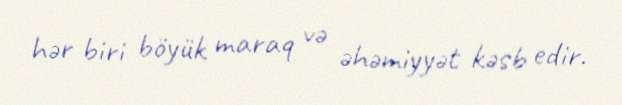
hər biri böyük maraq və əhəmiyyət kəsb edir.